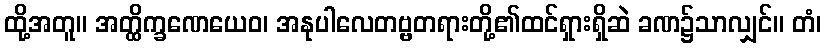
ထို့အတူ။ အတ္ထိက္ခဏေယေဝ၊ အနုပါလေတဗ္ဗတရားတို့၏ထင်ရှားရှိဆဲ ခဏ၌သာလျှင်။ တံ၊